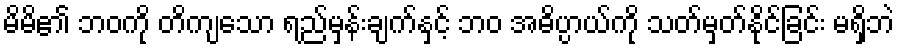
မိမိ၏ ဘဝကို တိကျသော ရည်မှန်းချက်နှင့် ဘဝ အဓိပ္ပာယ်ကို သတ်မှတ်နိုင်ခြင်း မရှိဘဲ